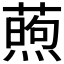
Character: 𬞜